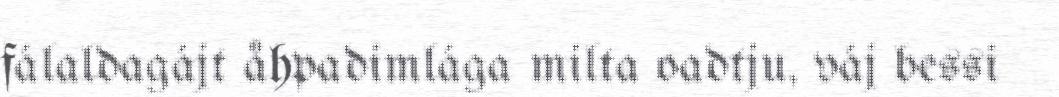
fálaldagájt åhpadimlága milta oadtju, váj bessi